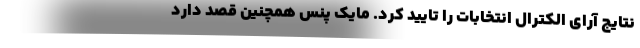
نتایج آرای الکترال انتخابات را تایید کرد. مایک پنس همچنین قصد دارد